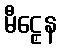
မီဠှေန